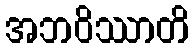
အဘဝိဿာတိ